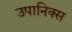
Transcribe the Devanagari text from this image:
उपानिक्स